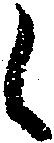
候